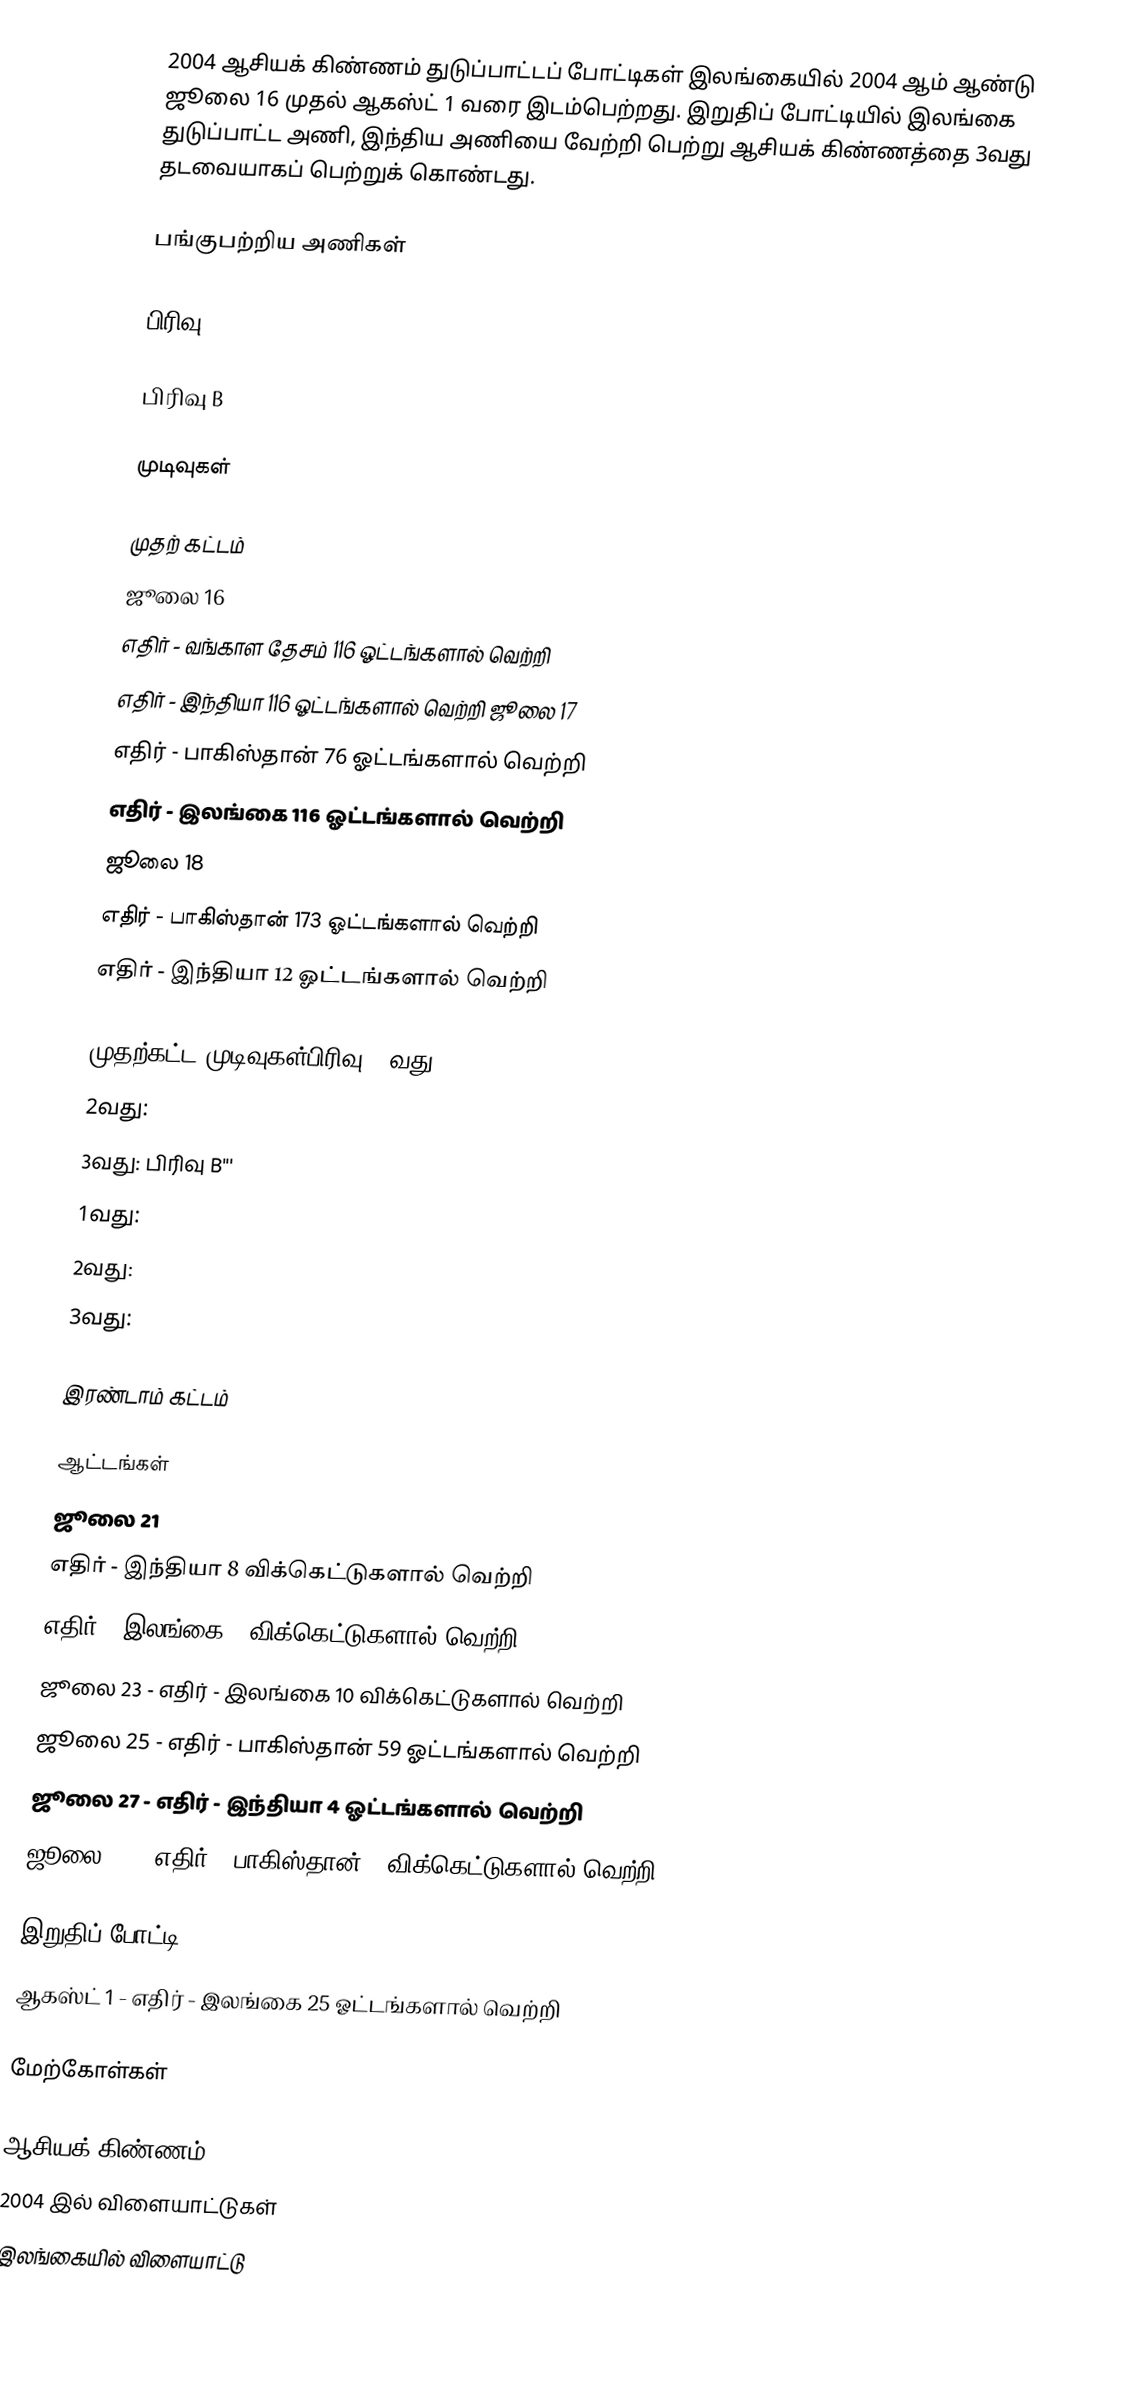
2004 ஆசியக் கிண்ணம் துடுப்பாட்டப் போட்டிகள் இலங்கையில் 2004 ஆம் ஆண்டு ஜூலை 16 முதல் ஆகஸ்ட் 1 வரை இடம்பெற்றது. இறுதிப் போட்டியில் இலங்கை துடுப்பாட்ட அணி, இந்திய அணியை வேற்றி பெற்று ஆசியக் கிண்ணத்தை 3வது தடவையாகப் பெற்றுக் கொண்டது.

பங்குபற்றிய அணிகள்

பிரிவு A

பிரிவு B

முடிவுகள்

முதற் கட்டம்
 ஜூலை 16
  எதிர்  - வங்காள தேசம் 116 ஓட்டங்களால் வெற்றி
  எதிர்  - இந்தியா 116 ஓட்டங்களால் வெற்றி ஜூலை 17
  எதிர்  - பாகிஸ்தான் 76 ஓட்டங்களால் வெற்றி
  எதிர்  - இலங்கை 116 ஓட்டங்களால் வெற்றி
 ஜூலை 18
  எதிர்  - பாகிஸ்தான் 173 ஓட்டங்களால் வெற்றி
  எதிர்  - இந்தியா 12 ஓட்டங்களால் வெற்றி

முதற்கட்ட முடிவுகள்பிரிவு A1வது:
2வது:
3வது: பிரிவு B'''
1வது:
2வது:
3வது:

இரண்டாம் கட்டம்

ஆட்டங்கள்
 ஜூலை 21
  எதிர்  - இந்தியா 8 விக்கெட்டுகளால் வெற்றி
  எதிர்  - இலங்கை 7 விக்கெட்டுகளால் வெற்றி
 ஜூலை 23 -  எதிர்  - இலங்கை 10 விக்கெட்டுகளால் வெற்றி
 ஜூலை 25 -  எதிர்  - பாகிஸ்தான் 59 ஓட்டங்களால் வெற்றி
 ஜூலை 27 -  எதிர்  - இந்தியா 4 ஓட்டங்களால் வெற்றி
 ஜூலை 29 -  எதிர்  - பாகிஸ்தான் 6 விக்கெட்டுகளால் வெற்றி

இறுதிப் போட்டி
 ஆகஸ்ட் 1 -  எதிர்  - இலங்கை 25 ஓட்டங்களால் வெற்றி

மேற்கோள்கள்

ஆசியக் கிண்ணம்
2004 இல் விளையாட்டுகள்
இலங்கையில் விளையாட்டு